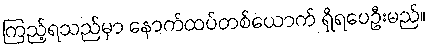
ကြည့်ရသည်မှာ နောက်ထပ်တစ်ယောက် ရှိရပေဦးမည်။